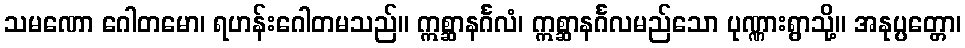
သမဏော ဂေါတမော၊ ရဟန်းဂေါတမသည်။ ဣစ္ဆာနင်္ဂလံ၊ ဣစ္ဆာနင်္ဂလမည်သော ပုဏ္ဏားရွာသို့။ အနုပ္ပတ္တော၊